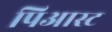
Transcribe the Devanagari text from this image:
पिआस्ट